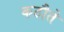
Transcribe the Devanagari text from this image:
कठौते